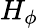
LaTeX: H_{\phi}